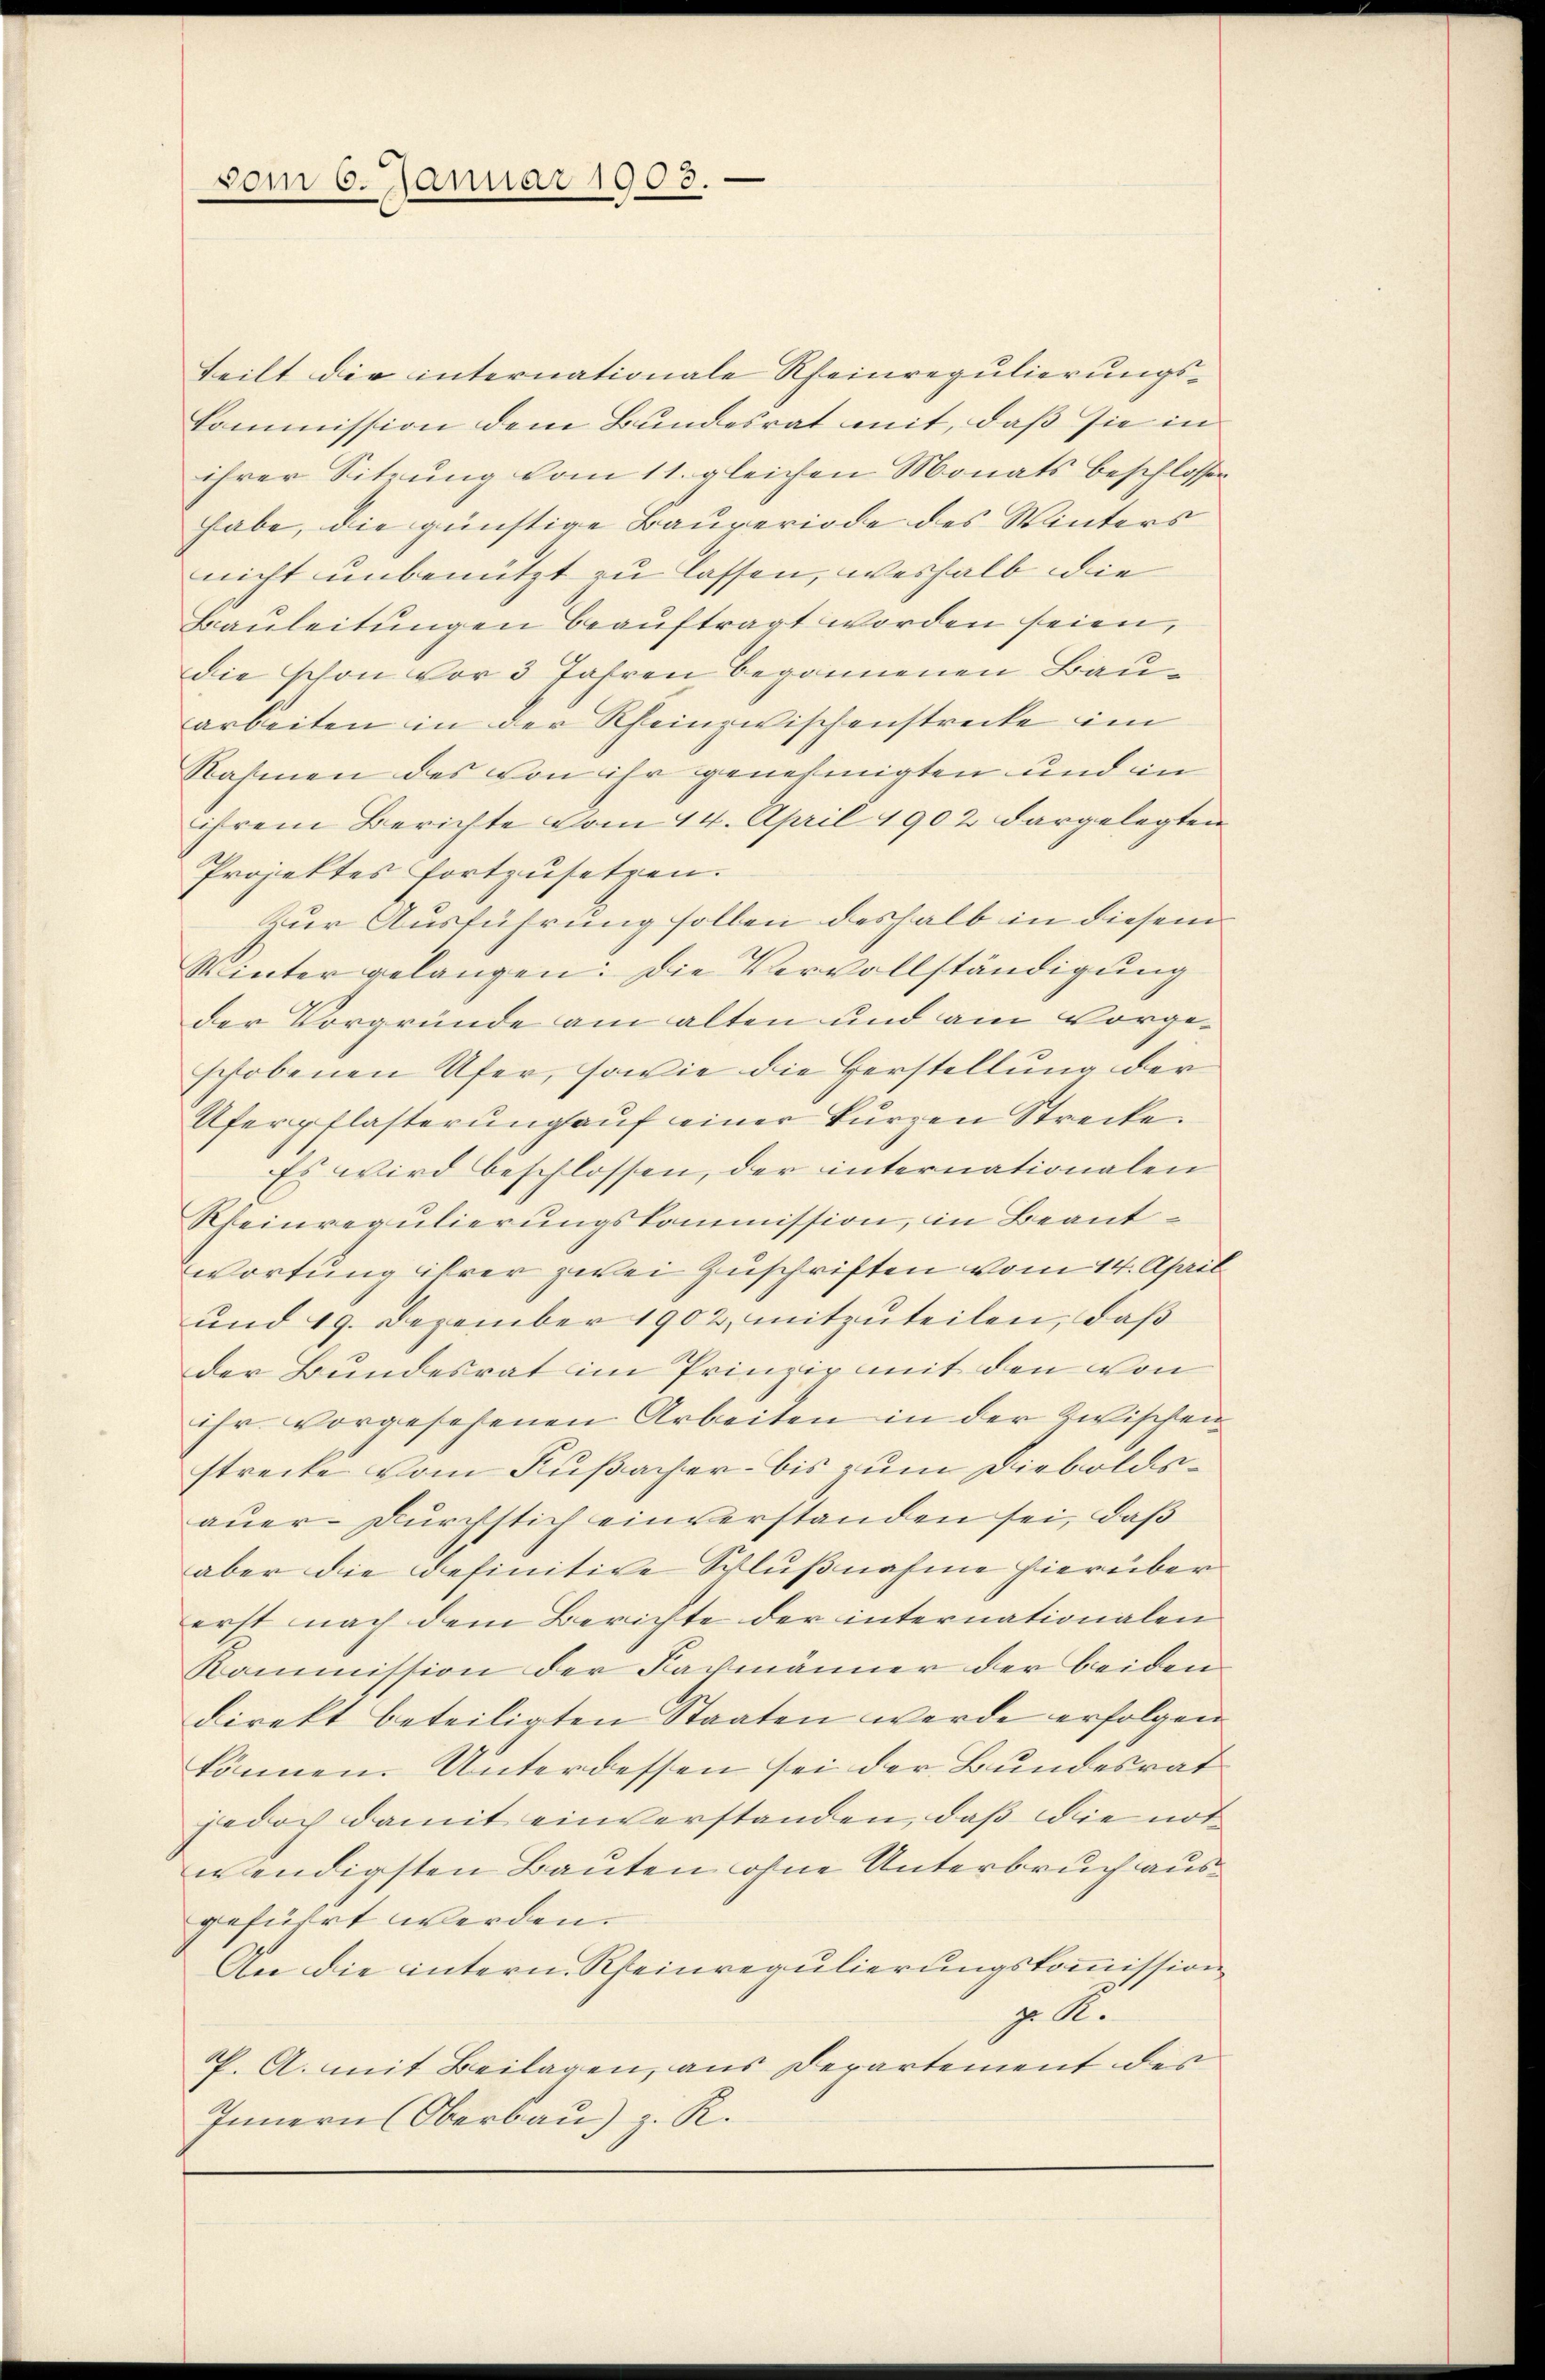
vom 6. Januar 1903.

teilt die internationale Rheinregulierungs¬
Commission dem Bundesrat mit, daß sie in
ihrer Sitzung vom 11. gleichen Monats beschlossen
habe, die günstige Bauperiode des Winters
nicht unbenützt zu lassen, weshalb die
Bauleitungen beauftragt worden seien,
die schon vor 3 Jahren begonnenen Bauarbeiten in der Rheinzwischenstrecke im
Rahmen des von ihr genehmigten und in
ihrem Berichte vom 14. April 1902 dargelegten
Projektes fortzusetzen.
Zur Ausführung sollen deshalb in diesem
Winter gelangen: Die Vervollständigung
der Vorgründe am alten und am Vorgeschobenen Ufer, sowie die Herstellung der
Uferpflasterŭng aŭf einer kurzen Strecke
Es wird beschlossen, der internationalen
Rheinregulierungskommission, in Beantwortung ihrer zwei Zuschriften vom 14. April
und 19. Dezember 1902, mitzuteilen, daß
der Bundesrat im Prinzie mit den von
ihr vorgesehenen Arbeiten in der Zwischen
strecke vom Fußacher bis zum Dieboldsauer-Durchstich einverstanden sei, daß
aber die definitive Schlußnahme hierüber
erst nach dem Berichte der internationalen
Kommission der Fachmänner der beiden
direkt beteiligten Staaten werde erfolgen
können. Unterdessen sei der Bundesrat
jedoch damit einverstanden, daß die not
wendigsten Bauten ohne Unterbruch ausgefürrt werden.
An die intern Rheinregulierungskommission
z Al.
P. A. mit Beilagen, aus Departement des
Innern Oberbau) z. R.